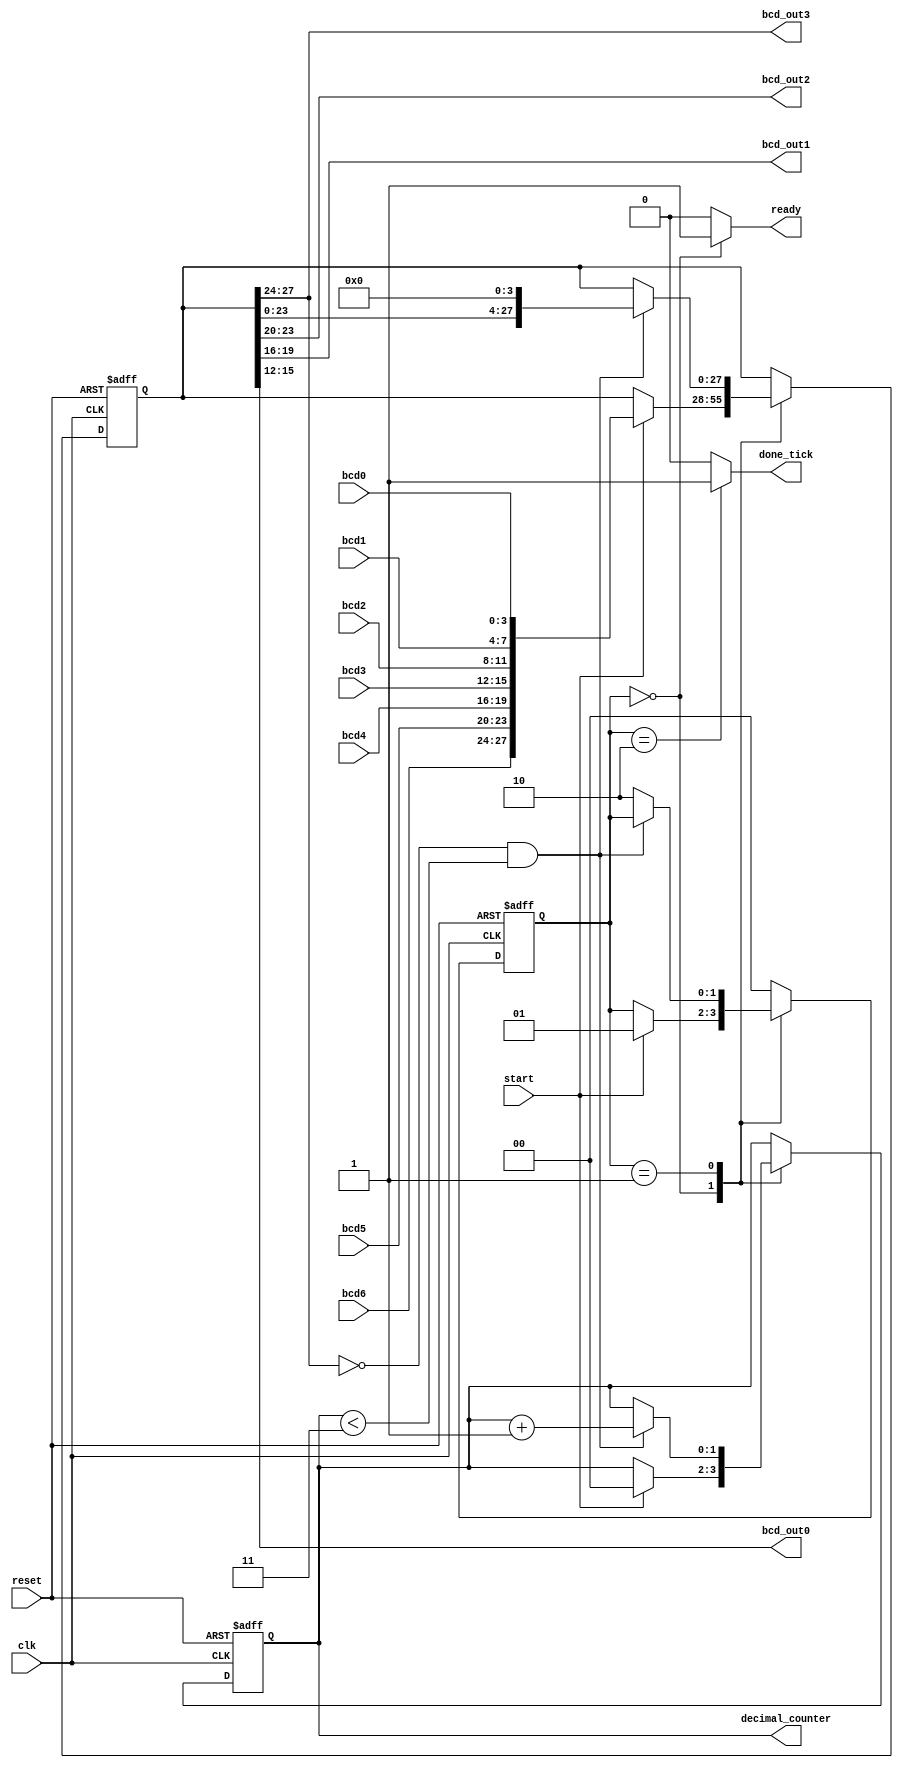
// BCD adjustment circuit

module bcd_adjust
    (
     input  wire       clk, reset,
     input  wire       start,
     input  wire[3:0]  bcd6, bcd5, bcd4, bcd3, bcd2, bcd1, bcd0,
     output wire[3:0]  bcd_out3, bcd_out2, bcd_out1, bcd_out0,
     output wire[1:0]  decimal_counter,
     output reg        ready, done_tick
    );

    // symbolic state declaration
    localparam[1:0]
        idle = 2'b00,
        op   = 2'b01,
        done = 2'b10;

    // signal declaration
    reg[1:0]  state_reg, state_next;
    reg[27:0] bcd_reg, bcd_next;
    reg[1:0]  c_reg, c_next;

    // body
    // FSMD state and data registers
    always @(posedge clk, posedge reset)
        if (reset)
            begin
                state_reg <= idle;
                bcd_reg   <= 0;
                c_reg     <= 0;
            end
        else
            begin
                state_reg <= state_next;
                bcd_reg   <= bcd_next;
                c_reg     <= c_next;
            end

    // FSMD next-state logic
    always @*
    begin
        // defaults
        state_next = state_reg;
        ready      = 1'b0;
        done_tick  = 1'b0;
        bcd_next   = bcd_reg;
        c_next     = c_reg;

        case (state_reg)
            idle:
                begin
                    ready = 1'b1;
                    if (start)
                        begin
                            state_next = op;
                            bcd_next   = {bcd6, bcd5, bcd4, bcd3, 
                                         bcd2, bcd1, bcd0};
                            c_next     = 0;
                        end
                end
            op:
                begin
                    if (bcd_reg[27:24] == 0 && c_reg < 3)
                        begin
                            c_next   = c_reg + 1;
                            bcd_next = bcd_reg << 4;
                        end
                    else
                        state_next = done;
                end
            done:
                begin
                    done_tick  = 1'b1;
                    state_next = idle;
                end
            default: state_next = idle;
        endcase
    end

    // output
    assign decimal_counter = c_reg;
    assign bcd_out3 = bcd_reg[27:24];
    assign bcd_out2 = bcd_reg[23:20];
    assign bcd_out1 = bcd_reg[19:16];
    assign bcd_out0 = bcd_reg[15:12];
 
endmodule